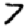
Digit: 7